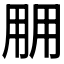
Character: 𰢱